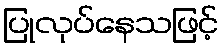
ပြုလုပ်နေသဖြင့်